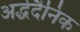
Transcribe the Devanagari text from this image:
अर्द्धदैनिक